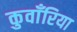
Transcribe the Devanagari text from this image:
कुवाँरिया